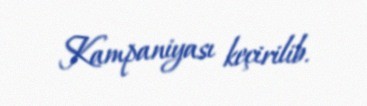
Kampaniyası keçirilib.